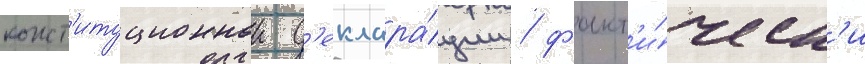
конст'итуционнои д'еклара́ции / факт'и́ческ'и